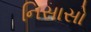
નિસાસો